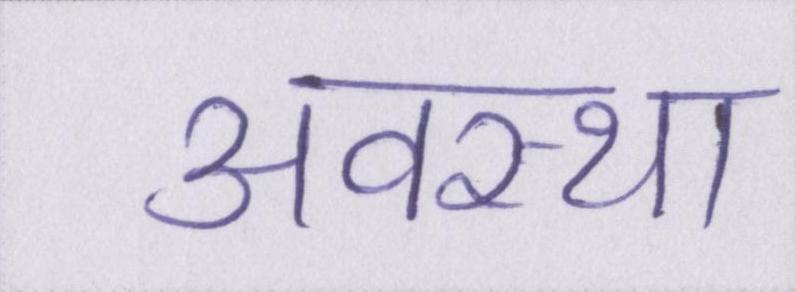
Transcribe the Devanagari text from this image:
अवस्था